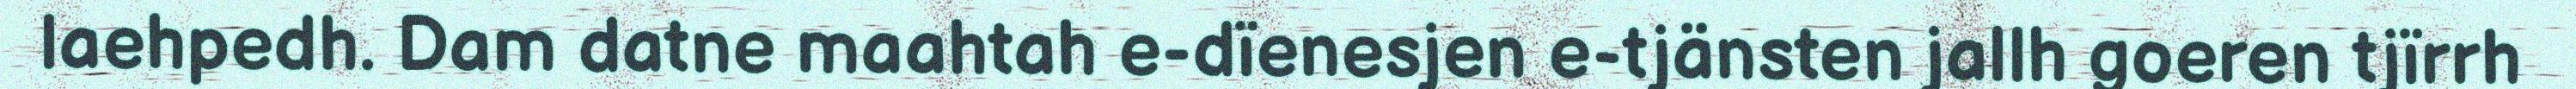
laehpedh. Dam datne maahtah e-dïenesjen e-tjänsten jallh goeren tjïrrh